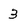
Character: 3